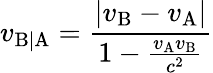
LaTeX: v_{\mathrm{B|A}}={\frac{\left|v_{\mathrm{B}}-v_{\mathrm{A}}\right|}{1-{\frac{v_{\mathrm{A}}v_{\mathrm{B}}}{c^{2}}}}}